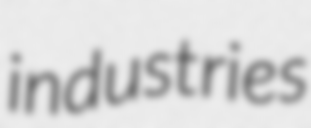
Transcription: industries